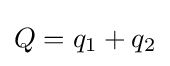
Q=q_{1}+q_{2}